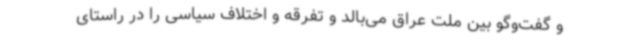
و گفت‌وگو بین ملت عراق می‌بالد و تفرقه و اختلاف سیاسی را در راستای